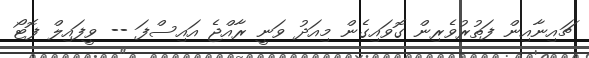
ޗައިނާއިން ފަތުރުވެރިން ގޮވައިގެން މިއަދު ވަނީ ރާއްޖެ އައިސްފަ -- ވީފައިލް ފޮޓޯ